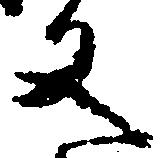
文